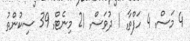
4 މަސް